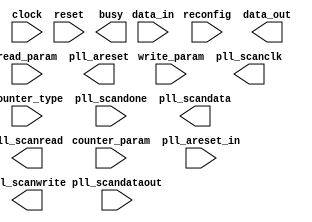
// megafunction wizard: %ALTPLL_RECONFIG%VBB%
// GENERATION: STANDARD
// VERSION: WM1.0
// MODULE: altpll_reconfig 

// ============================================================
// Megafunction Name(s):
// 			altpll_reconfig
//
// Simulation Library Files(s):
// 			altera_mf;lpm
// ============================================================
// ************************************************************
// THIS IS A WIZARD-GENERATED FILE. DO NOT EDIT THIS FILE!
//
// 9.0 Build 132 02/25/2009 SJ Full Version
// ************************************************************

//Copyright (C) 1991-2009 Altera Corporation
//Your use of Altera Corporation's design tools, logic functions 
//and other software and tools, and its AMPP partner logic 
//functions, and any output files from any of the foregoing 
//(including device programming or simulation files), and any 
//associated documentation or information are expressly subject 
//to the terms and conditions of the Altera Program License 
//Subscription Agreement, Altera MegaCore Function License 
//Agreement, or other applicable license agreement, including, 
//without limitation, that your use is for the sole purpose of 
//programming logic devices manufactured by Altera and sold by 
//Altera or its authorized distributors.  Please refer to the 
//applicable agreement for further details.

module PLL_RECONFIG (
	clock,
	counter_param,
	counter_type,
	data_in,
	pll_areset_in,
	pll_scandataout,
	pll_scandone,
	read_param,
	reconfig,
	reset,
	write_param,
	busy,
	data_out,
	pll_areset,
	pll_scanclk,
	pll_scandata,
	pll_scanread,
	pll_scanwrite)/* synthesis synthesis_clearbox = 1 */;

	input	  clock;
	input	[2:0]  counter_param;
	input	[3:0]  counter_type;
	input	[8:0]  data_in;
	input	  pll_areset_in;
	input	  pll_scandataout;
	input	  pll_scandone;
	input	  read_param;
	input	  reconfig;
	input	  reset;
	input	  write_param;
	output	  busy;
	output	[8:0]  data_out;
	output	  pll_areset;
	output	  pll_scanclk;
	output	  pll_scandata;
	output	  pll_scanread;
	output	  pll_scanwrite;
`ifndef ALTERA_RESERVED_QIS
// synopsys translate_off
`endif
	tri0	  pll_areset_in;
`ifndef ALTERA_RESERVED_QIS
// synopsys translate_on
`endif

endmodule

// ============================================================
// CNX file retrieval info
// ============================================================
// Retrieval info: PRIVATE: CHAIN_TYPE NUMERIC "0"
// Retrieval info: PRIVATE: INIT_FILE_NAME STRING "./PLL_OUT_PHASE.mif"
// Retrieval info: PRIVATE: INTENDED_DEVICE_FAMILY STRING "Stratix II"
// Retrieval info: PRIVATE: SYNTH_WRAPPER_GEN_POSTFIX STRING "0"
// Retrieval info: PRIVATE: USE_INIT_FILE STRING "1"
// Retrieval info: CONSTANT: INIT_FROM_ROM STRING "NO"
// Retrieval info: CONSTANT: INTENDED_DEVICE_FAMILY STRING "Stratix II"
// Retrieval info: CONSTANT: PLL_TYPE STRING "ENHANCED"
// Retrieval info: CONSTANT: SCAN_INIT_FILE STRING "./PLL_OUT_PHASE.mif"
// Retrieval info: USED_PORT: busy 0 0 0 0 OUTPUT NODEFVAL "busy"
// Retrieval info: USED_PORT: clock 0 0 0 0 INPUT NODEFVAL "clock"
// Retrieval info: USED_PORT: counter_param 0 0 3 0 INPUT NODEFVAL "counter_param[2..0]"
// Retrieval info: USED_PORT: counter_type 0 0 4 0 INPUT NODEFVAL "counter_type[3..0]"
// Retrieval info: USED_PORT: data_in 0 0 9 0 INPUT NODEFVAL "data_in[8..0]"
// Retrieval info: USED_PORT: data_out 0 0 9 0 OUTPUT NODEFVAL "data_out[8..0]"
// Retrieval info: USED_PORT: pll_areset 0 0 0 0 OUTPUT NODEFVAL "pll_areset"
// Retrieval info: USED_PORT: pll_areset_in 0 0 0 0 INPUT GND "pll_areset_in"
// Retrieval info: USED_PORT: pll_scanclk 0 0 0 0 OUTPUT NODEFVAL "pll_scanclk"
// Retrieval info: USED_PORT: pll_scandata 0 0 0 0 OUTPUT NODEFVAL "pll_scandata"
// Retrieval info: USED_PORT: pll_scandataout 0 0 0 0 INPUT NODEFVAL "pll_scandataout"
// Retrieval info: USED_PORT: pll_scandone 0 0 0 0 INPUT NODEFVAL "pll_scandone"
// Retrieval info: USED_PORT: pll_scanread 0 0 0 0 OUTPUT NODEFVAL "pll_scanread"
// Retrieval info: USED_PORT: pll_scanwrite 0 0 0 0 OUTPUT NODEFVAL "pll_scanwrite"
// Retrieval info: USED_PORT: read_param 0 0 0 0 INPUT NODEFVAL "read_param"
// Retrieval info: USED_PORT: reconfig 0 0 0 0 INPUT NODEFVAL "reconfig"
// Retrieval info: USED_PORT: reset 0 0 0 0 INPUT NODEFVAL "reset"
// Retrieval info: USED_PORT: write_param 0 0 0 0 INPUT NODEFVAL "write_param"
// Retrieval info: CONNECT: @data_in 0 0 9 0 data_in 0 0 9 0
// Retrieval info: CONNECT: @reset 0 0 0 0 reset 0 0 0 0
// Retrieval info: CONNECT: pll_scanwrite 0 0 0 0 @pll_scanwrite 0 0 0 0
// Retrieval info: CONNECT: @pll_scandone 0 0 0 0 pll_scandone 0 0 0 0
// Retrieval info: CONNECT: @read_param 0 0 0 0 read_param 0 0 0 0
// Retrieval info: CONNECT: @counter_type 0 0 4 0 counter_type 0 0 4 0
// Retrieval info: CONNECT: @pll_areset_in 0 0 0 0 pll_areset_in 0 0 0 0
// Retrieval info: CONNECT: @pll_scandataout 0 0 0 0 pll_scandataout 0 0 0 0
// Retrieval info: CONNECT: @write_param 0 0 0 0 write_param 0 0 0 0
// Retrieval info: CONNECT: pll_areset 0 0 0 0 @pll_areset 0 0 0 0
// Retrieval info: CONNECT: data_out 0 0 9 0 @data_out 0 0 9 0
// Retrieval info: CONNECT: @clock 0 0 0 0 clock 0 0 0 0
// Retrieval info: CONNECT: pll_scanread 0 0 0 0 @pll_scanread 0 0 0 0
// Retrieval info: CONNECT: busy 0 0 0 0 @busy 0 0 0 0
// Retrieval info: CONNECT: @counter_param 0 0 3 0 counter_param 0 0 3 0
// Retrieval info: CONNECT: @reconfig 0 0 0 0 reconfig 0 0 0 0
// Retrieval info: CONNECT: pll_scandata 0 0 0 0 @pll_scandata 0 0 0 0
// Retrieval info: CONNECT: pll_scanclk 0 0 0 0 @pll_scanclk 0 0 0 0
// Retrieval info: GEN_FILE: TYPE_NORMAL PLL_RECONFIG.v TRUE
// Retrieval info: GEN_FILE: TYPE_NORMAL PLL_RECONFIG.inc FALSE
// Retrieval info: GEN_FILE: TYPE_NORMAL PLL_RECONFIG.cmp FALSE
// Retrieval info: GEN_FILE: TYPE_NORMAL PLL_RECONFIG.bsf TRUE FALSE
// Retrieval info: GEN_FILE: TYPE_NORMAL PLL_RECONFIG_inst.v TRUE
// Retrieval info: GEN_FILE: TYPE_NORMAL PLL_RECONFIG_bb.v TRUE
// Retrieval info: LIB_FILE: altera_mf
// Retrieval info: LIB_FILE: lpm